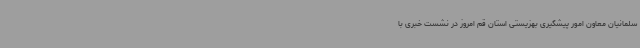
سلمانیان معاون امور پیشگیری بهزیستی استان قم امروز در نشست خبری با